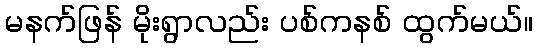
မနက်ဖြန် မိုးရွာလည်း ပစ်ကနစ် ထွက်မယ်။